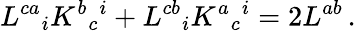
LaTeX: L^{ca}{}_{i}K^{b}{}_{c}{}^{i}+L^{cb}{}_{i}K^{a}{}_{c}{}^{i}=2L^{ab}\, .